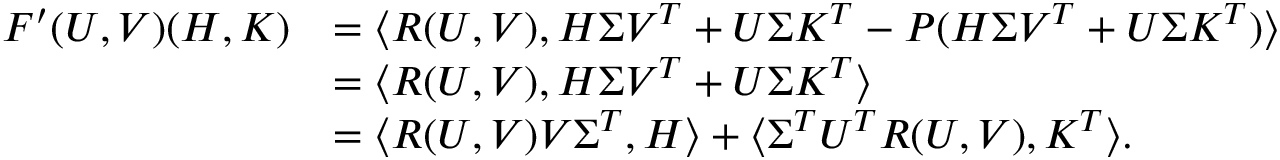
\begin{array} { r l } { F ^ { \prime } ( U , V ) ( H , K ) } & { = \langle R ( U , V ) , H \Sigma V ^ { T } + U \Sigma K ^ { T } - P ( H \Sigma V ^ { T } + U \Sigma K ^ { T } ) \rangle } \\ & { = \langle R ( U , V ) , H \Sigma V ^ { T } + U \Sigma K ^ { T } \rangle } \\ & { = \langle R ( U , V ) V \Sigma ^ { T } , H \rangle + \langle \Sigma ^ { T } U ^ { T } R ( U , V ) , K ^ { T } \rangle . } \end{array}